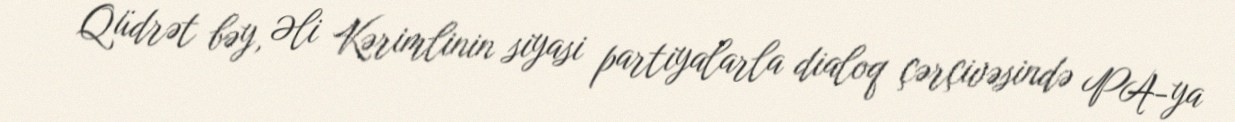
- Qüdrət bəy, Əli Kərimlinin siyasi partiyalarla dialoq çərçivəsində PA-ya